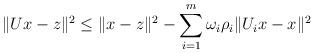
LaTeX: \begin{align*}\Vert Ux-z\Vert ^{2}\leq \Vert x-z\Vert ^{2}-\sum_{i=1}^{m}\omega _{i}\rho_{i}\Vert U_{i}x-x\Vert ^{2} \end{align*}